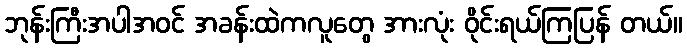
ဘုန်းကြီးအပါအဝင် အခန်းထဲကလူတွေ အားလုံး ဝိုင်းရယ်ကြပြန် တယ်။